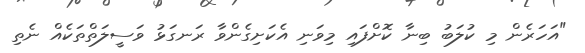
"އަހަރެން މި ކުލަބު ބިނާ ކޮށްފައި މިވަނި އެކަށިގެންވާ ރަނގަޅު ވަސީލަތްތަކެއް ނެތި